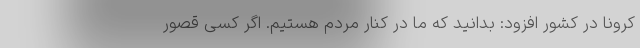
کرونا در کشور افزود: بدانید که ما در کنار مردم هستیم. اگر کسی قصور